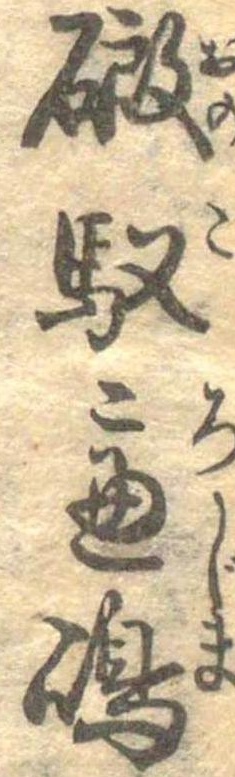
磤馭盧島